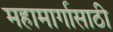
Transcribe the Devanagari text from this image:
महामार्गासाठी